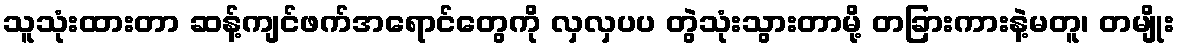
သူသုံးထားတာ ဆန့်ကျင်ဖက်အရောင်တွေကို လှလှပပ တွဲသုံးသွားတာမို့ တခြားကားနဲ့မတူ၊ တမျိုး